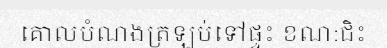
គោលបំណងត្រឡប់ទៅផ្ទះ ខណ:ជិះ